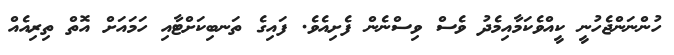
ހުންނަންޖެހުނީ ކީއްވެކަމާއިމެދު ވެސް ވިސްނެން ފެށިއެވެ. ފައިގެ ތަނބިކަށްޓާއި ހަމައަށް އޮތް ތިރިއެއް